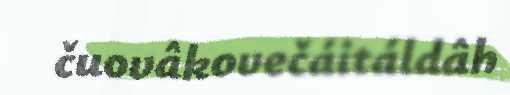
čuovâkovečáitáldâh